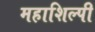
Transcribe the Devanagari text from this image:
महाशिल्पी